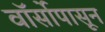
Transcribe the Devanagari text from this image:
वॉर्सोपासून